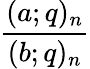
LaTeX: \frac{(a;q)_{n}}{(b;q)_{n}}